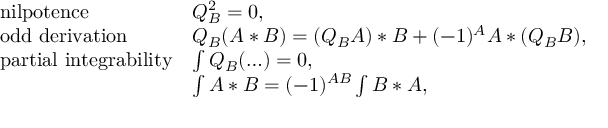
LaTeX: \left. \begin{array} { l l } { { \mathrm { n i l p o t e n c e } } } & { { Q _ { B } ^ { 2 } = 0 , } } \\ { { \mathrm { o d d ~ d e r i v a t i o n } } } & { { Q _ { B } ( A * B ) = ( Q _ { B } A ) * B + ( - 1 ) ^ { A } A * ( Q _ { B } B ) , } } \\ { { \mathrm { p a r t i a l ~ i n t e g r a b i l i t y } } } & { { \int Q _ { B } ( \ldots ) = 0 , } } \\ { { } } & { { \int A * B = ( - 1 ) ^ { A B } \int B * A , } } \end{array} \right.